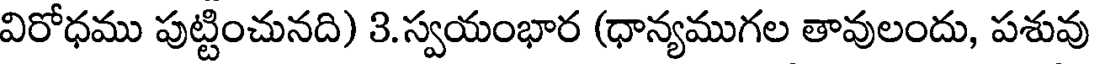
విరోధము పుట్టించునది) 3.స్వయంభార (ధాన్యముగల తావులందు, పశువు